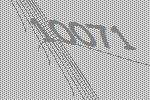
10071